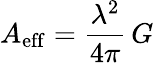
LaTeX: A_{\mathrm{eff}}={\frac{\lambda^{2}}{4\pi}}\, G